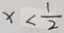
x < \frac { 1 } { 2 }